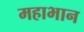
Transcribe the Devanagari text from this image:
महाभान